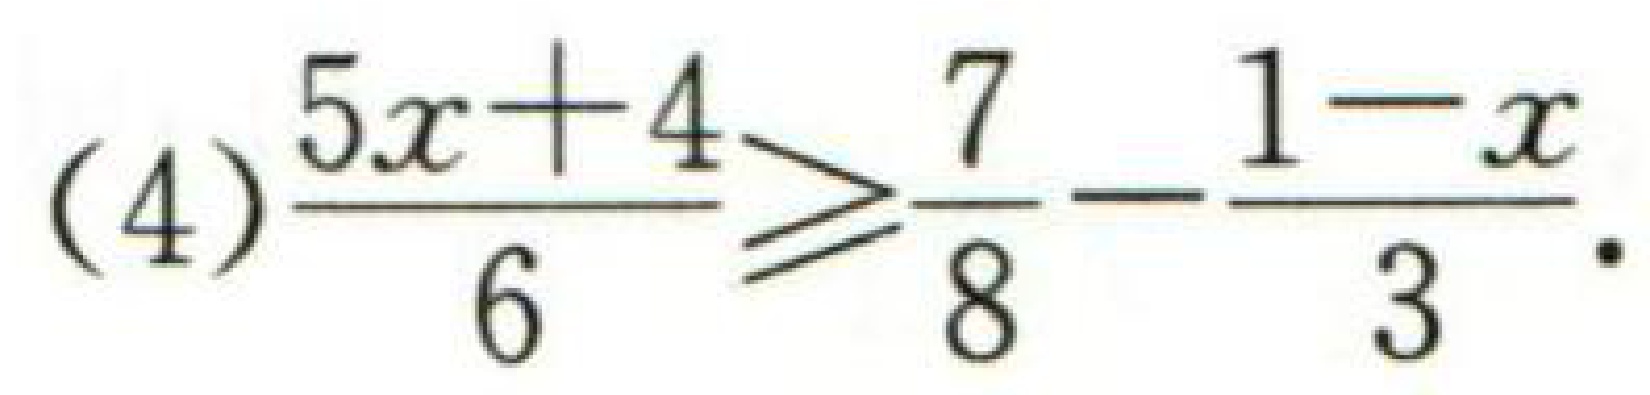
(4)$\dfrac{5x + 4}{6}\geqslant\dfrac{7}{8}-\dfrac{1 - x}{3}$.